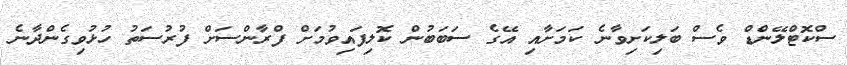
ސްކޮޓްލޭންޑް ވެސް ބަލިކަށިވާނެ ކަމަށާއި އޭގެ ސަބަބުން ކޮލިފައިވުމަށް ފްރާންސަށް ފުރުސަތު ހުޅުވިގެންދާނެ